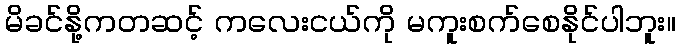
မိခင်နို့ကတဆင့် ကလေးငယ်ကို မကူးစက်စေနိုင်ပါဘူး။